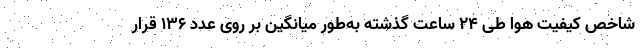
شاخص کیفیت هوا طی ۲۴ ساعت گذشته به‌طور میانگین بر روی عدد ۱۳۶ قرار